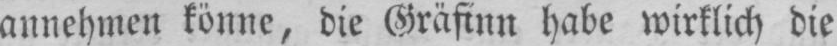
annehmen könne, die Gräfinn habe wirklich die